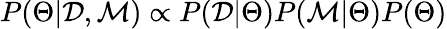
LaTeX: P(\Theta|\mathcal{D},\mathcal{M})\propto P(\mathcal{D}|\Theta)P(\mathcal{M}|\Theta)P(\Theta)